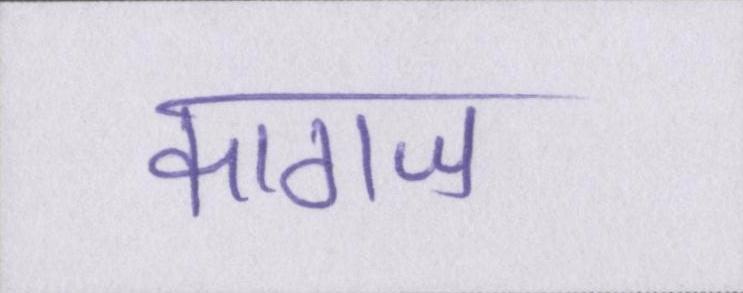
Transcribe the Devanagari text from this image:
कागज